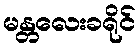
မန္တလေးခရိုင်